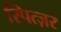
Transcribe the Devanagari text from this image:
स्पित्ज़र